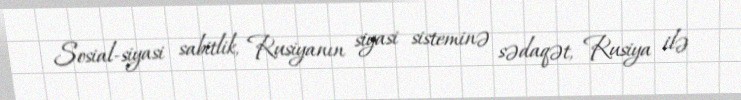
Sosial-siyasi sabitlik, Rusiyanın siyasi sisteminə sədaqət, Rusiya ilə